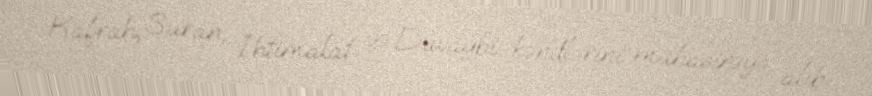
Kafrah, Suran, İhtimalat və Duvaybi kəndlərini mühasirəyə alıb.